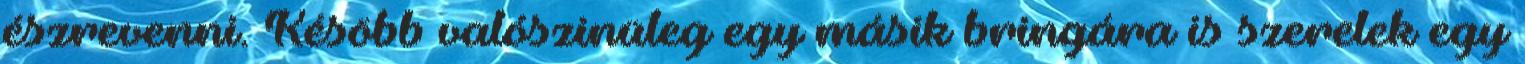
észrevenni. Késöbb valószinüleg egy másik bringára is szerelek egy